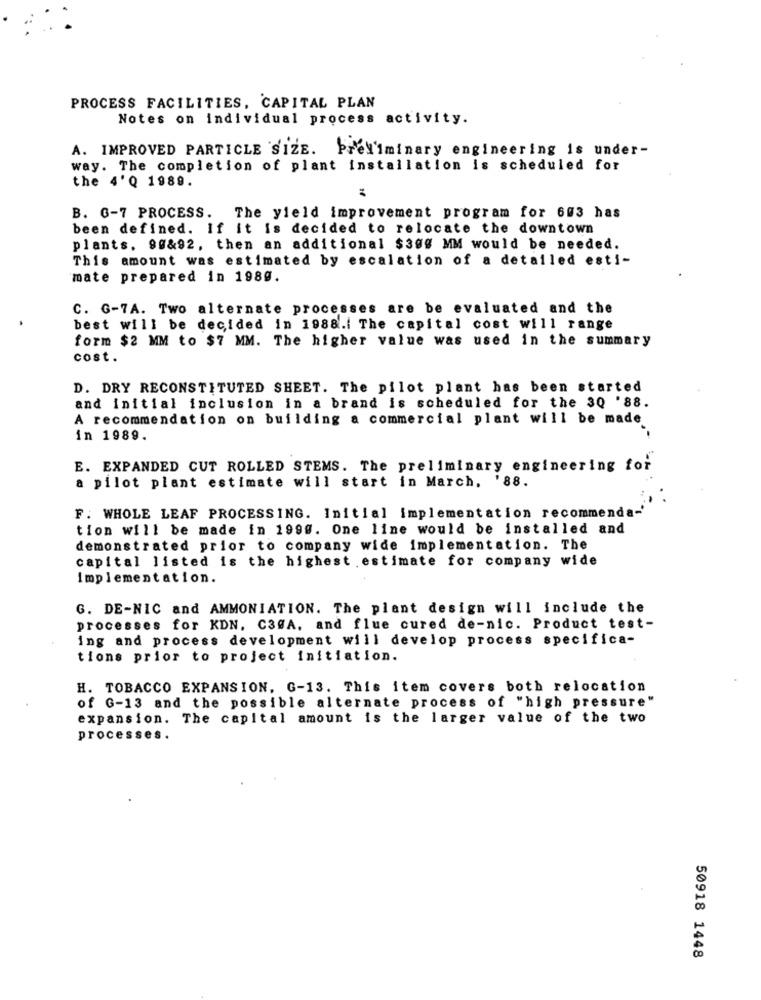
PROCESS FACILITIES, CAPITAL PLAN
Notes on individual process activity.
A. IMPROVED PARTICLE SIZE. PreN'iminary engineering is under-
way. The completion of plant installation is scheduled for
the 4'Q 1989.
B. G-7 PROCESS. The yield improvement program for 603 has
been defined. If it is decided to relocate the downtown
plants. 90&92, then an additional $300 MM would be needed.
This amount was estimated by escalation of a detailed esti-
mate prepared in 1989.
C. G-7A. Two alternate processes are be evaluated and the
best will be decided in 1988.[ The capital cost will range
form $2 MM to $7 MM. The higher value was used in the summary
cost.
D. DRY RECONSTITUTED SHEET. The pilot plant has been started
and initial inclusion in a brand is scheduled for the 3Q '88.
A recommendation on building a commercial plant will be made
in 1989.
E. EXPANDED CUT ROLLED STEMS. The preliminary engineering for
a pilot plant estimate will start in March, '88.
F. WHOLE LEAF PROCESSING. Initial implementation recommenda-
tion will be made in 1990. One line would be installed and
demonstrated prior to company wide implementation. The
capital listed is the highest .estimate for company wide
Implementation.
G. DE-NIC and AMMONIATION. The plant design will include the
processes for KDN. C3GA, and flue cured de-nic. Product test-
ing and process development will develop process specifica-
tions prior to project initiation.
H. TOBACCO EXPANSION, G-13. This item covers both relocation
of G-13 and the possible alternate process of "high pressure"
expansion. The capital amount is the larger value of the two
processes.
50918 1448